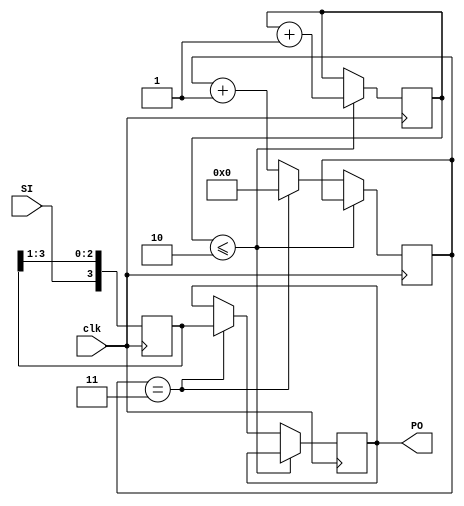
module ShiftRegister_SIPO#(
parameter WIDTH=4
)	
	
(clk, SI, PO);
	
	input clk,SI;
	output reg [WIDTH-1:0] PO;
	reg [WIDTH-1:0] tmp;
	reg [WIDTH-1:0] i = 4'h0; //counter to load each 4 bits into one word
	reg [3:0] j = 4'h0; //initial counter to synchronize the load counter with the data
	
	always @(posedge clk)begin
		tmp <= {SI, tmp[WIDTH-1:1]};	
	end
			
	always @(posedge clk)begin
		if(j <= 2) begin 
			j<=j+1;
		end

		else begin 
			if(i == WIDTH-1)begin 
				PO<=tmp;
				i<=0;
			end
			else begin
				i<=i+1;
			end 
		end
	end
endmodule